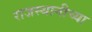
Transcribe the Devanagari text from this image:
राजस्थानीच्या